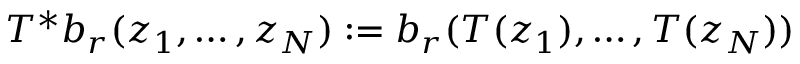
T ^ { * } b _ { r } ( z _ { 1 } , \ldots , z _ { N } ) : = b _ { r } ( T ( z _ { 1 } ) , \ldots , T ( z _ { N } ) )